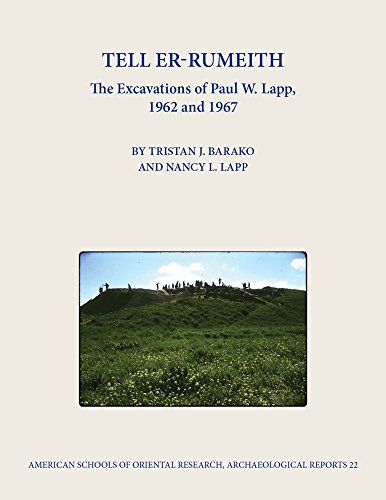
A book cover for Tell Er-Rumeith: The Excavations of Paul W. Lapp, 1962 and 1967 (Archaeological Reports); History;